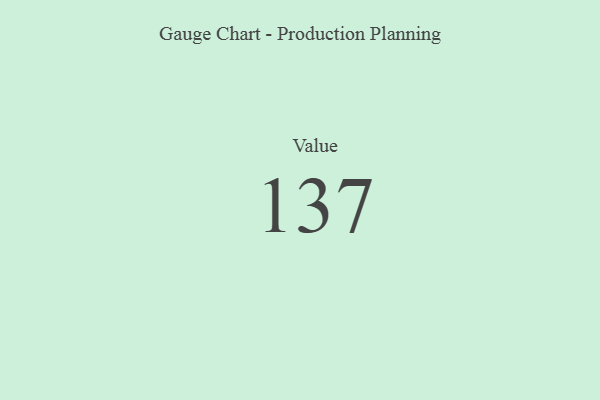
{"axis": {"x": "Metric", "y": "Value"}, "legend": [""], "data": [{"x": "Value", "y": 137, "type": ""}]}